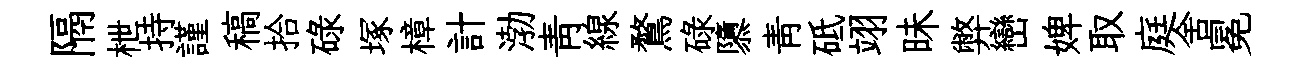
隔枻持謹稿拾碌塚樟計渤靑線鶩碌隳靑砥翊昧弊巒婢取庭舍冕